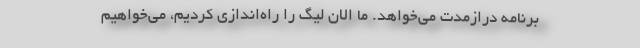
برنامه درازمدت می‌خواهد. ما الان لیگ را راه‌اندازی کردیم، می‌خواهیم